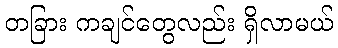
တခြား ကချင်တွေလည်း ရှိလာမယ်